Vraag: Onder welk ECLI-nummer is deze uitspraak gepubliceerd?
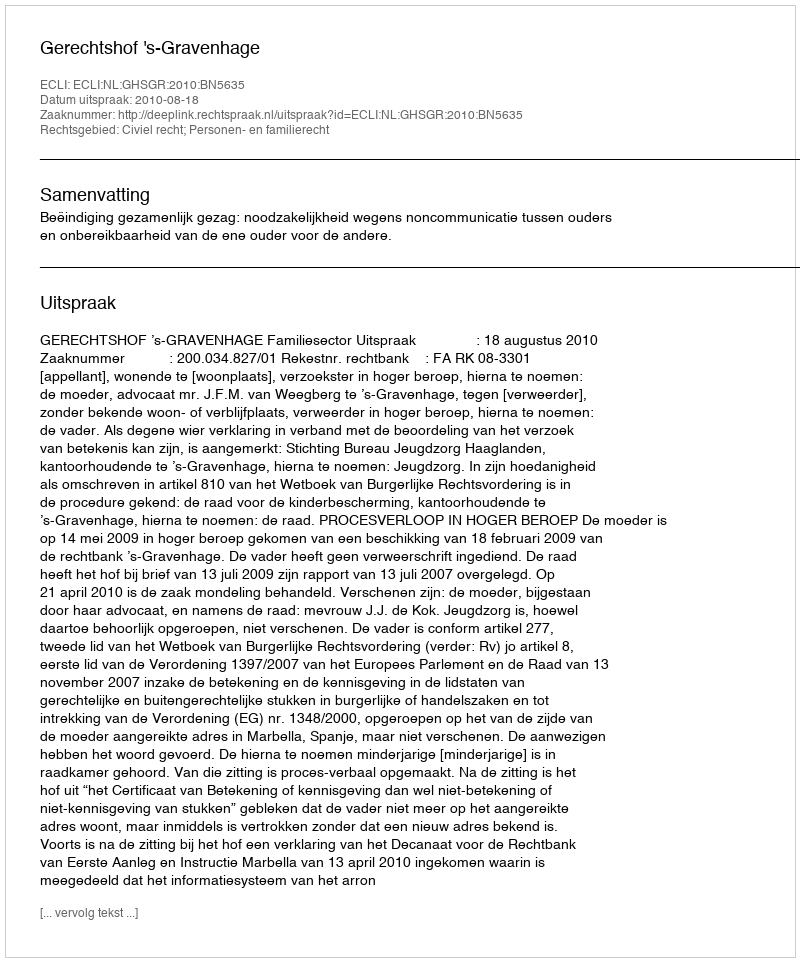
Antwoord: ECLI:NL:GHSGR:2010:BN5635